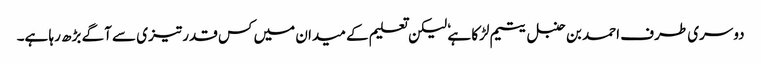
دوسری طرف احمد بن حنبل یتیم لڑکا ہے ٗ لیکن تعلیم کے میدان میں کس قدر تیزی سے آگے بڑھ رہا ہے۔